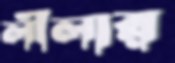
লীলার